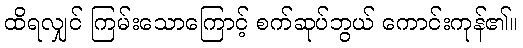
ထိရလျှင် ကြမ်းသောကြောင့် စက်ဆုပ်ဘွယ် ကောင်းကုန်၏။